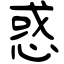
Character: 惑